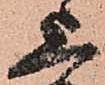
上